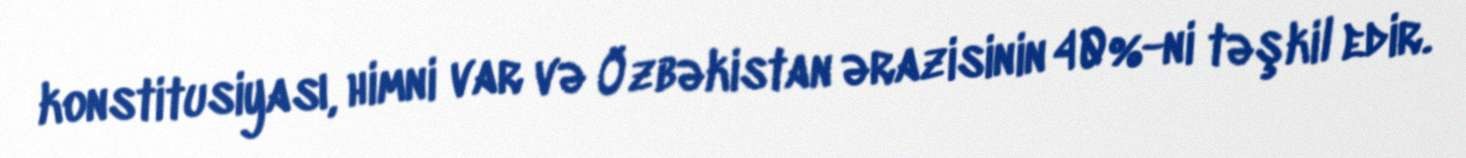
konstitusiyası, himni var və Özbəkistan ərazisinin 40%-ni təşkil edir.